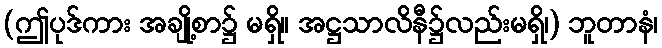
(ဤပုဒ်ကား အချို့စာ၌ မရှိ။ အဋ္ဌသာလိနီ၌လည်းမရှိ၊) ဘူတာနံ၊